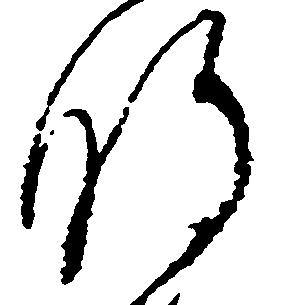
肝